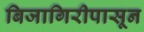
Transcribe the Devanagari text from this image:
बिजागिरीपासून